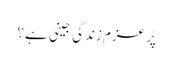
پُر عزم زندگی جینی ہے؟